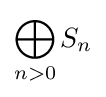
\bigoplus _{n>0}S_{n}